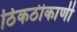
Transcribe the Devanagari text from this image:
ठिकठीकाणी